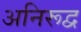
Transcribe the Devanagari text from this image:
अनिरूद्व